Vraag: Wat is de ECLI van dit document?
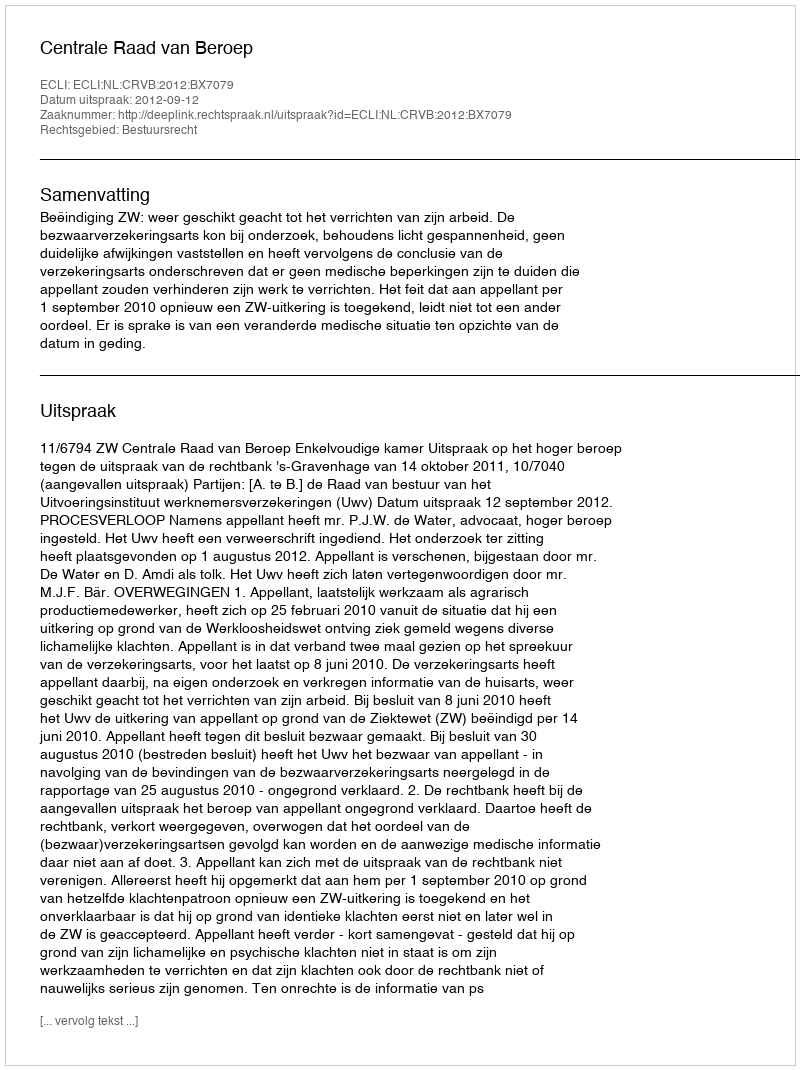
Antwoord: ECLI:NL:CRVB:2012:BX7079